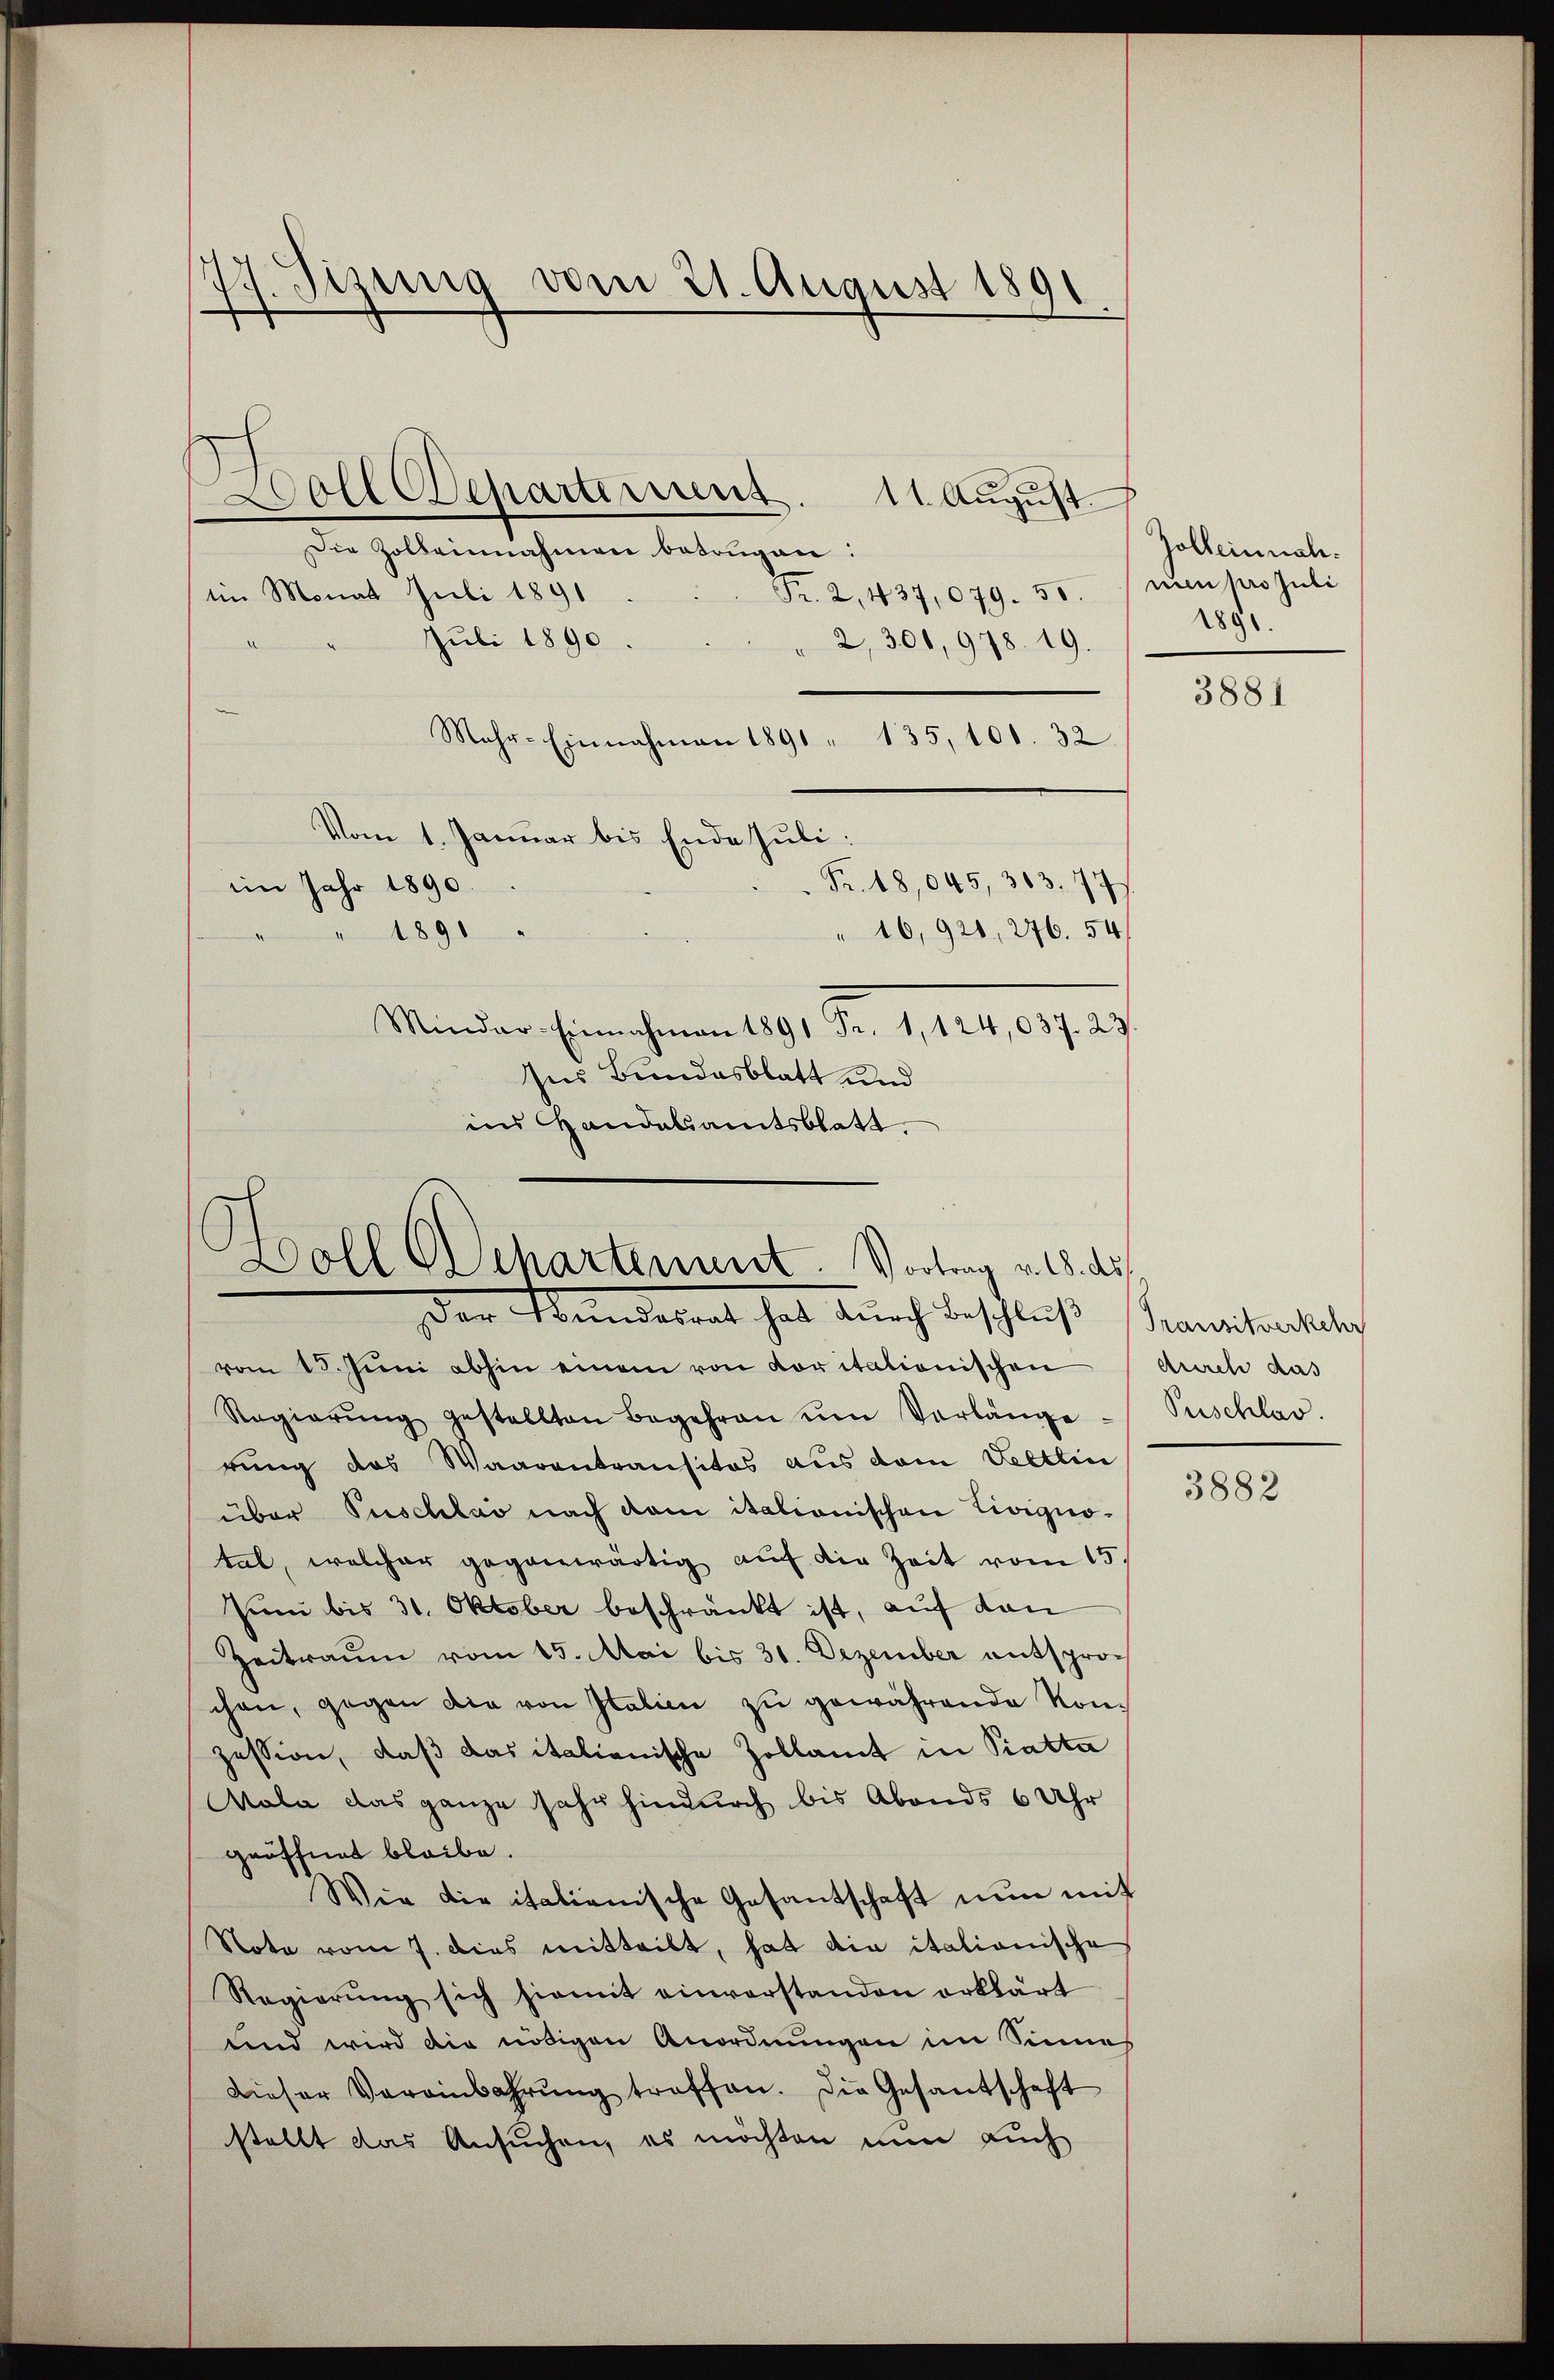
77. Sizung vom 21. August 1891

Doll Separtement. 11. August.
Die Zolbeinnahmen betrügen:
im Monat Juli 1891
Fr. 2, 437,079. 55.
Juli 1890
2, 300, 978. 19.
Mehr-Einnahmen 1891 " 135, 101. 32
Vom 1. Januar bis Ende Juli:
Fr. 18,045, 303. 77
im Jahr 1890.
1891
" 10,921, 276. 54
Minder-Einnahmen 1891 Fr. 1, 124,037. 23.
Ins Bundesblatt und
in Handelamtsblatt

vom 15. Juni abhin einem von Koritationischen
Regierŭng gestellten Begehren ŭm Verlänge:
rung das Waarentransitos aus dem Veltlin
über Puschlas nach dem itationischen Livigno-
tal, welcher gegenwärtig auf die Zeit vom 15.
Juni bis 31. Oktober beschränkt ist, auf den
Zeitraum vom 15. Mai bis 31. Dezember entsprochen, gegen die von Italien zu gewährende von
zession, daß das italienische Zollamt in Piatta
Mala das ganze sehr hindurch bis Abends 6 Uhr
geöffnet bleibe.
Wie die italienische Gesantschaft nun mit
Note vom 7. dies mitteilt, hat die itationische
Regierŭng sich hiemit einverstanden erklärt
und wird die nötigen Anordnungen im Sinnes
Dieser Vereinbahrung treffen. Die Gesandschaft
stellt das Ansuchen, es möchten nun auch

Hooll Ochartement. Vortrag v. 18. ds.
Der Handesrat hat durch Beschluß

Golbeinnahnen pro Juli
1891.

3881

Transitverkehr
durch das
Puschlag.

3882